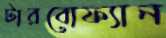
টারবোফ্যান